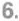
6.